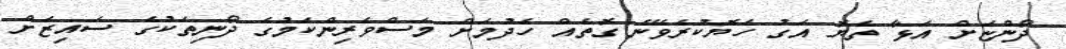
ދޯންޏަށް އަޅާ ތެޔޮ އަގު ހެޔޮކުރެވޭނެ ގޮތެއް ހެދުމަށް މަސްވެރިންކަމުގެ ދޯނިތަކުގެ ސައިޒަށް